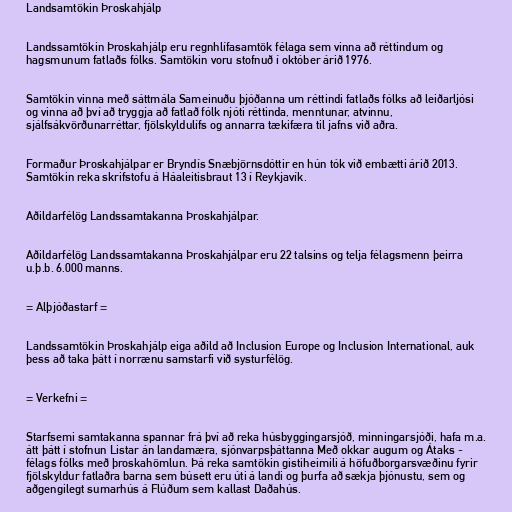
Landsamtökin Þroskahjálp

Landssamtökin Þroskahjálp eru regnhlífasamtök félaga sem vinna að réttindum og
hagsmunum fatlaðs fólks. Samtökin voru stofnuð í október árið 1976.

Samtökin vinna með sáttmála Sameinuðu þjóðanna um réttindi fatlaðs fólks að leiðarljósi
og vinna að því að tryggja að fatlað fólk njóti réttinda, menntunar, atvinnu,
sjálfsákvörðunarréttar, fjölskyldulífs og annarra tækifæra til jafns við aðra.

Formaður Þroskahjálpar er Bryndís Snæbjörnsdóttir en hún tók við embætti árið 2013.
Samtökin reka skrifstofu á Háaleitisbraut 13 í Reykjavík.

Aðildarfélög Landssamtakanna Þroskahjálpar.

Aðildarfélög Landssamtakanna Þroskahjálpar eru 22 talsins og telja félagsmenn þeirra
u.þ.b. 6.000 manns.

= Alþjóðastarf =

Landssamtökin Þroskahjálp eiga aðild að Inclusion Europe og Inclusion International, auk
þess að taka þátt í norrænu samstarfi við systurfélög.

= Verkefni =

Starfsemi samtakanna spannar frá því að reka húsbyggingarsjóð, minningarsjóði, hafa m.a.
átt þátt í stofnun Listar án landamæra, sjónvarpsþáttanna Með okkar augum og Átaks -
félags fólks með þroskahömlun. Þá reka samtökin gistiheimili á höfuðborgarsvæðinu fyrir
fjölskyldur fatlaðra barna sem búsett eru úti á landi og þurfa að sækja þjónustu, sem og
aðgengilegt sumarhús á Flúðum sem kallast Daðahús.